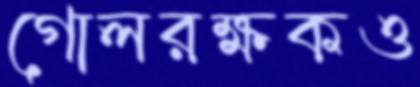
গোলরক্ষকও